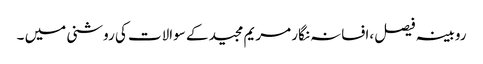
روبینہ فیصل ،افسانہ نگار مریم مجید کے سوالات کی روشنی میں ۔